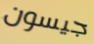
جيسون